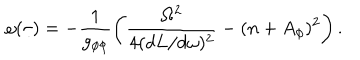
\omega ( \tau ) = - \frac { 1 } { g _ { \phi \phi } } \left( \frac { \Omega ^ { 2 } } { 4 ( d L / d \omega ) ^ { 2 } } - ( n + A _ { \phi } ) ^ { 2 } \right) .